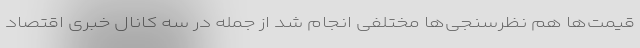
قیمت‌ها هم نظرسنجی‌ها مختلفی انجام شد از جمله در سه کانال خبری اقتصاد